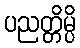
ပညတ္တိမ္ပိ